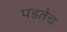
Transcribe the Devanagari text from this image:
पडतेच